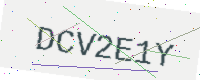
Text: DCV2E1Y